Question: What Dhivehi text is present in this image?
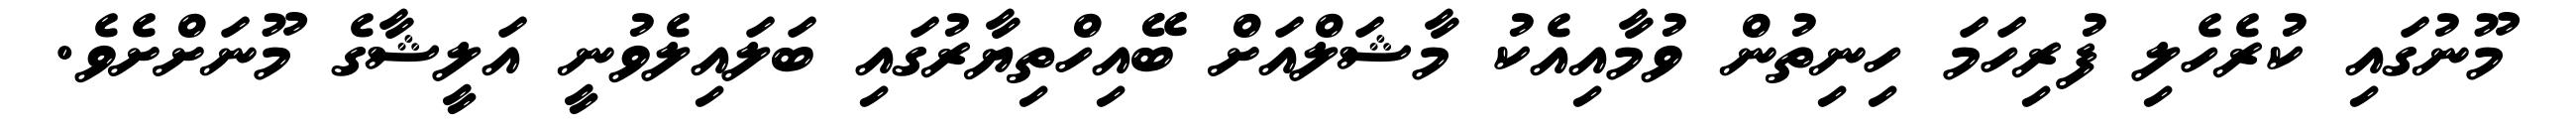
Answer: މޫނުގައި ކުރެހެލި ފުރިހަމަ ހިނިތުން ވުމާއިއެކު މާޝަލްއަށް ބޭއިހްތިޔާރުގައި ބަލައިލެވުނީ އަލީޝާގެ މޫނަށްށެވެ.